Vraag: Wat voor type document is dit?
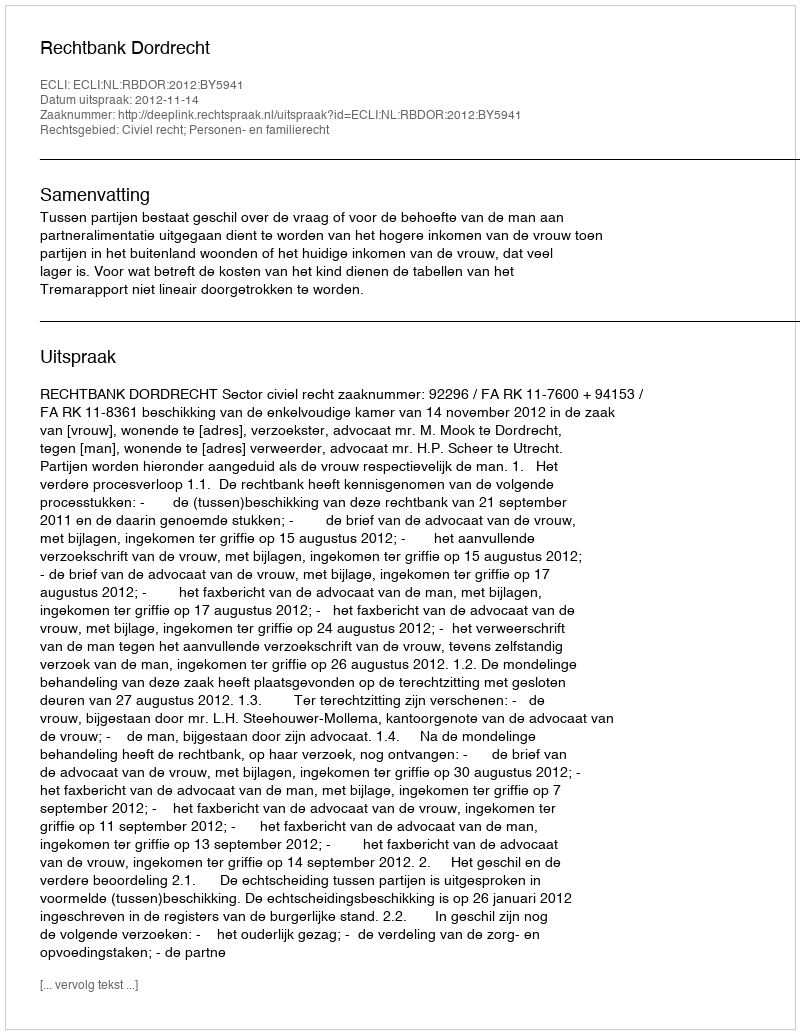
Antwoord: Uitspraak